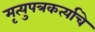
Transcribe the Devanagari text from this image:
मृत्युपत्रकर्त्याचे